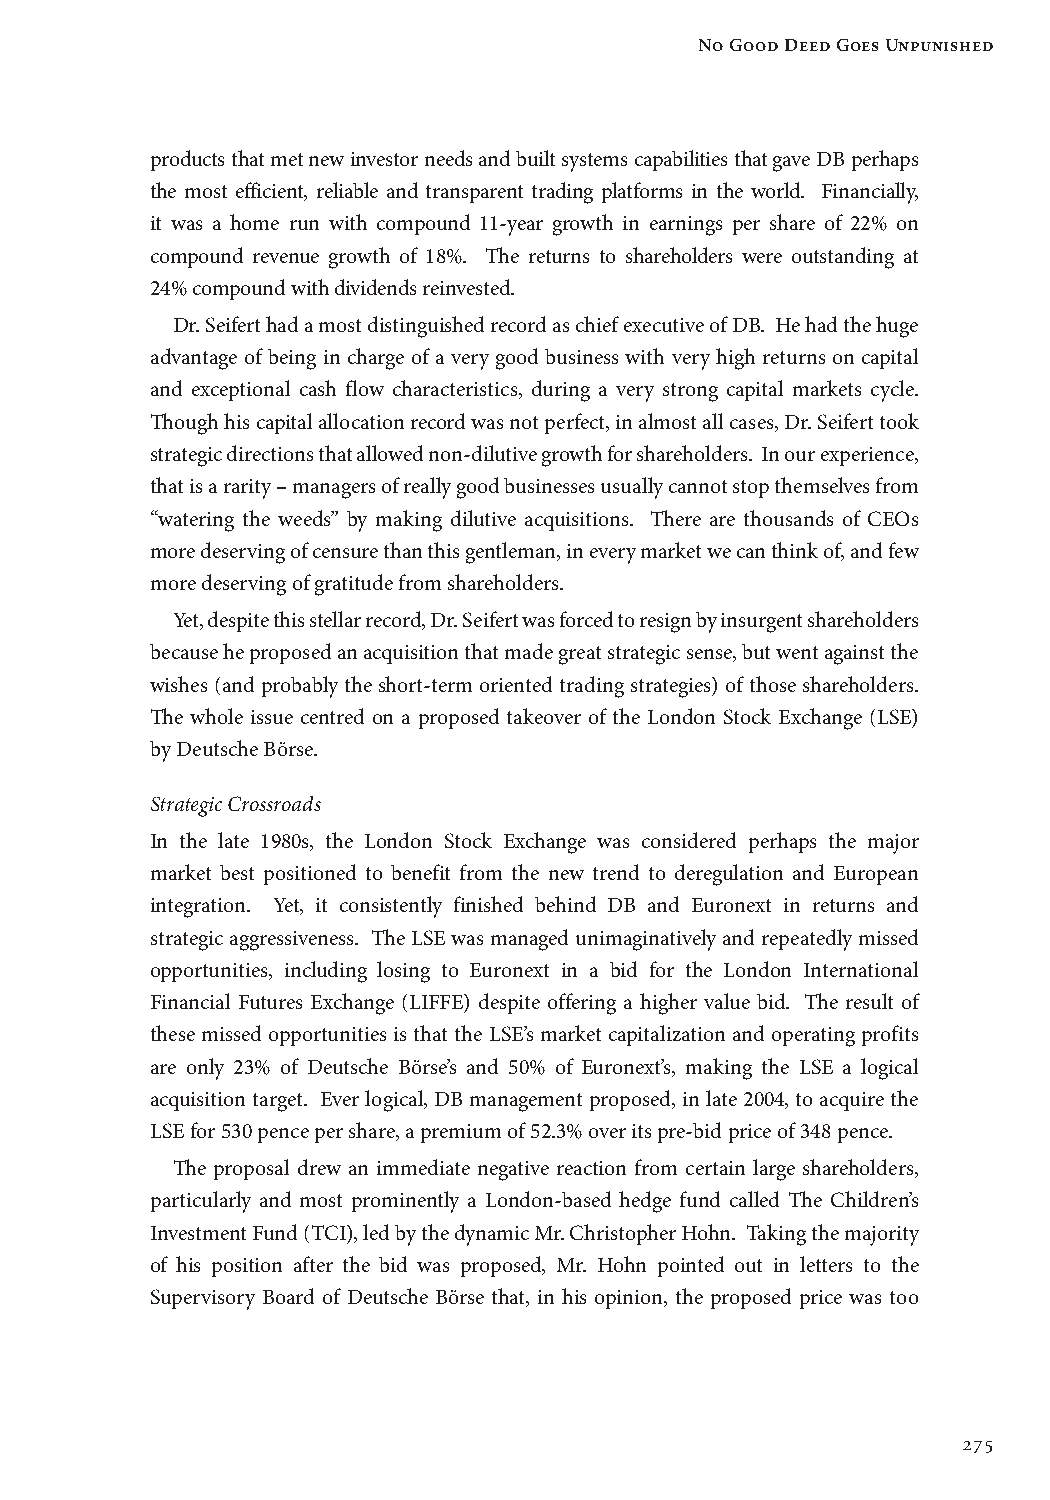
No Good Deed Goes Unpunished
 products that met new investor needs and built systems capabilities that gave DB perhaps
 the most efficient, reliable and transparent trading platforms in the world. Financially,
 it was a home run with compound 11-year growth in earnings per share of 22% on
 compound revenue growth of 18%. The returns to shareholders were outstanding at
 24% compound with dividends reinvested.
 Dr. Seifert had a most distinguished record as chief executive of DB. He had the huge
 advantage of being in charge of a very good business with very high returns on capital
 and exceptional cash flow characteristics, during a very strong capital markets cycle.
 Though his capital allocation record was not perfect, in almost all cases, Dr. Seifert took
 strategic directions that allowed non-dilutive growth for shareholders. In our experience,
 that is a rarity – managers of really good businesses usually cannot stop themselves from
 “watering the weeds” by making dilutive acquisitions. There are thousands of CEOs
 more deserving of censure than this gentleman, in every market we can think of, and few
 more deserving of gratitude from shareholders.
 Yet, despite this stellar record, Dr. Seifert was forced to resign by insurgent shareholders
 because he proposed an acquisition that made great strategic sense, but went against the
 wishes (and probably the short-term oriented trading strategies) of those shareholders.
 The whole issue centred on a proposed takeover of the London Stock Exchange (LSE)
 by Deutsche Börse.
 Strategic Crossroads
 In the late 1980s, the London Stock Exchange was considered perhaps the major
 market best positioned to benefit from the new trend to deregulation and European
 integration. Yet, it consistently finished behind DB and Euronext in returns and
 strategic aggressiveness. The LSE was managed unimaginatively and repeatedly missed
 opportunities, including losing to Euronext in a bid for the London International
 Financial Futures Exchange (LIFFE) despite offering a higher value bid. The result of
 these missed opportunities is that the LSE’s market capitalization and operating profits
 are only 23% of Deutsche Börse’s and 50% of Euronext’s, making the LSE a logical
 acquisition target. Ever logical, DB management proposed, in late 2004, to acquire the
 LSE for 530 pence per share, a premium of 52.3% over its pre-bid price of 348 pence.
 The proposal drew an immediate negative reaction from certain large shareholders,
 particularly and most prominently a London-based hedge fund called The Children’s
 Investment Fund (TCI), led by the dynamic Mr. Christopher Hohn. Taking the majority
 of his position after the bid was proposed, Mr. Hohn pointed out in letters to the
 Supervisory Board of Deutsche Börse that, in his opinion, the proposed price was too
 275